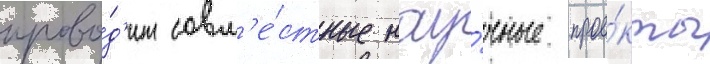
прово́д'ит совм'е́стные нау́чные прое́кты